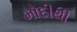
મોદીથી